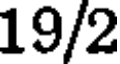
19/2